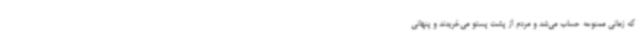
که زمانی ممنوعه حساب می‌شد و مردم از پشت‌ پستو می‌خریدند و پنهانی